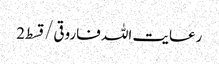
رعایت اللہ فاروقی/ قسط2